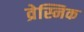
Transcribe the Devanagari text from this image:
व्रेस्निक